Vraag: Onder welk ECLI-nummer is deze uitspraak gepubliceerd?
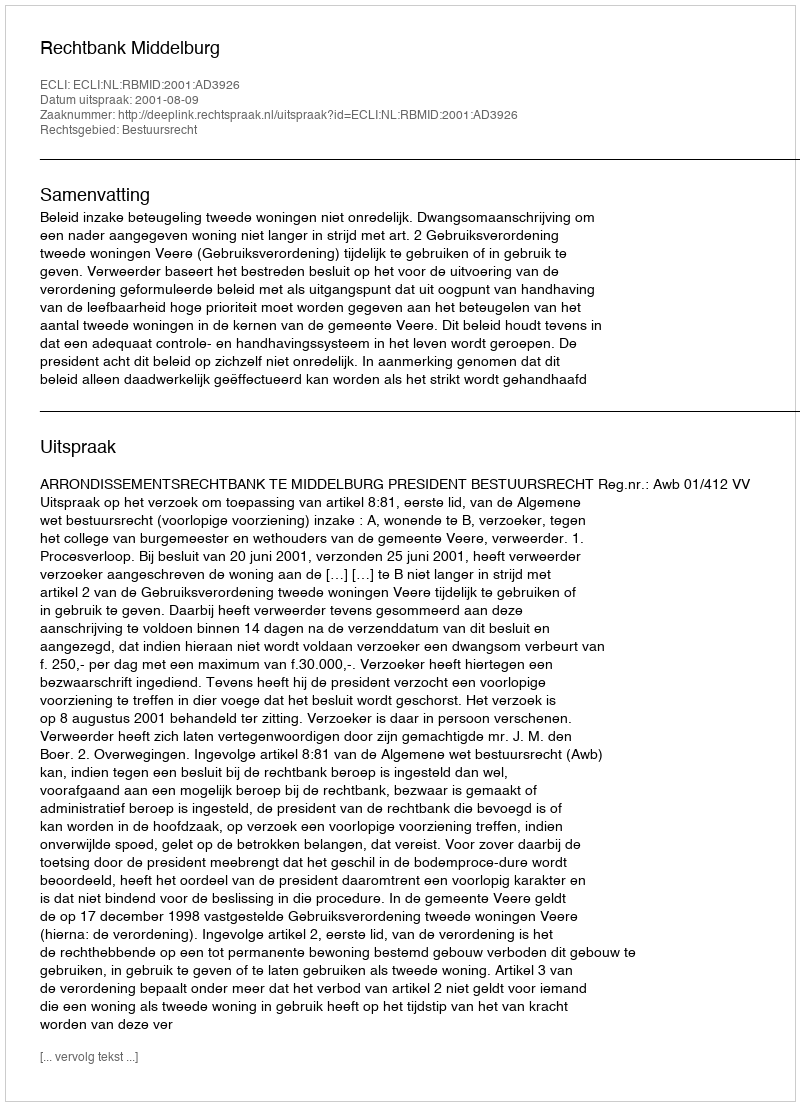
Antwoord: ECLI:NL:RBMID:2001:AD3926